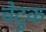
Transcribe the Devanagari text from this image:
चेटुक